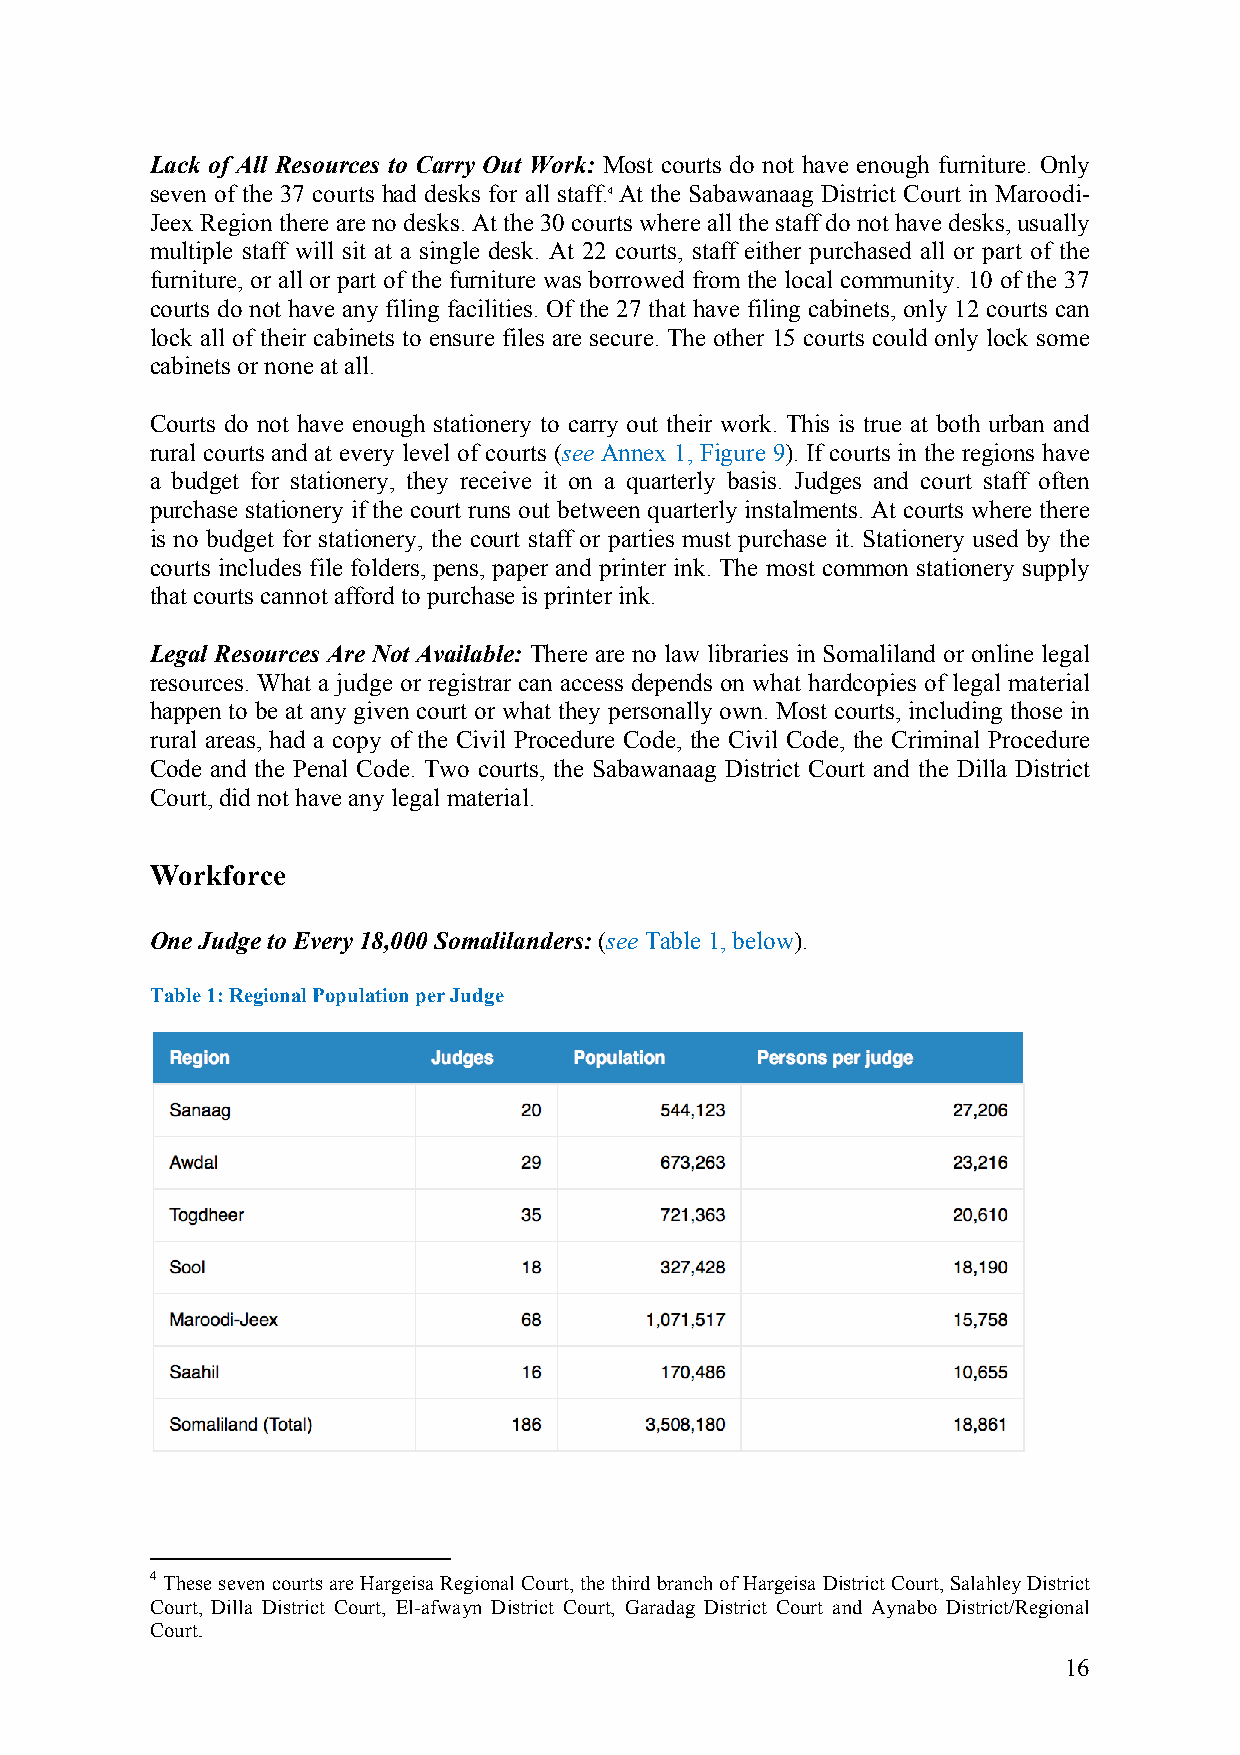
Lack of All Resources to Carry Out Work: Most courts do not have enough furniture. Only
 seven of the 37 courts had desks for all staff.4 At the Sabawanaag District Court in Maroodi-
 Jeex Region there are no desks. At the 30 courts where all the staff do not have desks, usually
 multiple staff will sit at a single desk. At 22 courts, staff either purchased all or part of the
 furniture, or all or part of the furniture was borrowed from the local community. 10 of the 37
 courts do not have any filing facilities. Of the 27 that have filing cabinets, only 12 courts can
 lock all of their cabinets to ensure files are secure. The other 15 courts could only lock some
 cabinets or none at all.
 Courts do not have enough stationery to carry out their work. This is true at both urban and
 rural courts and at every level of courts (see Annex 1, Figure 9). If courts in the regions have
 a budget for stationery, they receive it on a quarterly basis. Judges and court staff often
 purchase stationery if the court runs out between quarterly instalments. At courts where there
 is no budget for stationery, the court staff or parties must purchase it. Stationery used by the
 courts includes file folders, pens, paper and printer ink. The most common stationery supply
 that courts cannot afford to purchase is printer ink.
 Legal Resources Are Not Available: There are no law libraries in Somaliland or online legal
 resources. What a judge or registrar can access depends on what hardcopies of legal material
 happen to be at any given court or what they personally own. Most courts, including those in
 rural areas, had a copy of the Civil Procedure Code, the Civil Code, the Criminal Procedure
 Code and the Penal Code. Two courts, the Sabawanaag District Court and the Dilla District
 Court, did not have any legal material.
 Workforce
 One Judge to Every 18,000 Somalilanders: (see Table 1, below).
 Table 1: Regional Population per Judge
 4 These seven courts are Hargeisa Regional Court, the third branch of Hargeisa District Court, Salahley District
 Court, Dilla District Court, El-afwayn District Court, Garadag District Court and Aynabo District/Regional
 Court.
 16